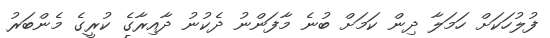
ފުލުހަކަށް ހަމަލާ ދިން ކަމަށް ބުނެ މާފަންނު ދެކުނު ދާއިރާގެ ކުރީގެ މެންބަރު